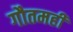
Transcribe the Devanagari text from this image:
गौतमही